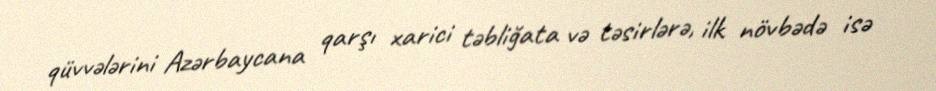
qüvvələrini Azərbaycana qarşı xarici təbliğata və təsirlərə, ilk növbədə isə